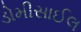
ડોમીસાઈલ